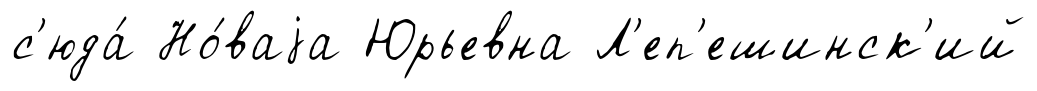
с'юда́ Но́ваjа Юрьевна Л'еп'ешинск'ий